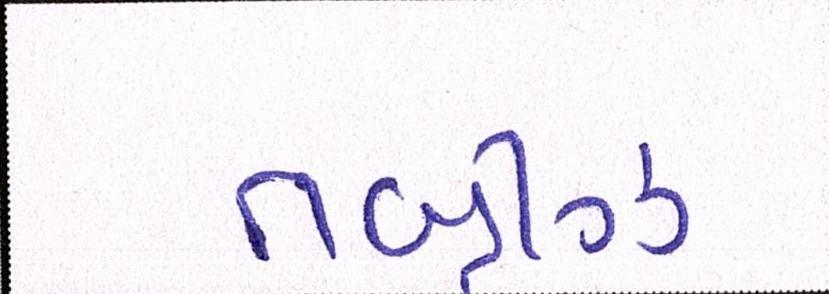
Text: તબ્રીઝ